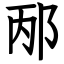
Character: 邴